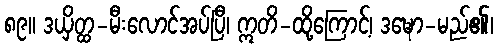
၈၉။ ဒယှိတ္ထ-မီးလောင်အပ်ပြီ၊ ဣတိ-ထို့ကြောင့်၊ ဒဍ္ဎော-မည်၏၊